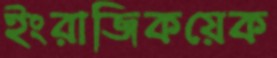
ইংরাজিকয়েক